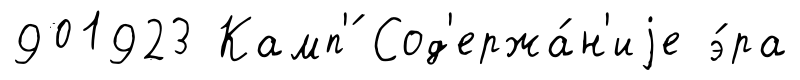
901923 Камп'́ Сод'ержа́н'иjе э́ра